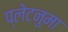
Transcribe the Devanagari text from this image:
प्‍लेटनुमा